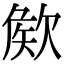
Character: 𣣡